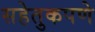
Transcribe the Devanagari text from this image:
सहेतुकपणे